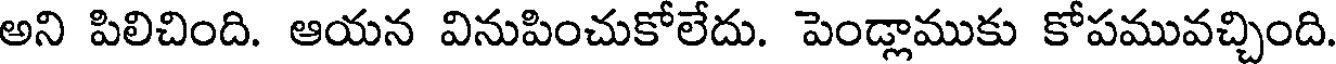
అని పిలిచింది. ఆయన వినుపించుకోలేదు. పెండ్లాముకు కోపమువచ్చింది